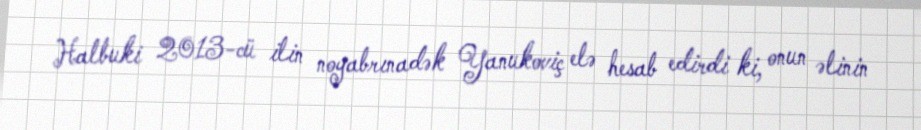
Halbuki 2013-cü ilin noyabrınadək Yanukoviç elə hesab edirdi ki, onun əlinin